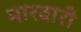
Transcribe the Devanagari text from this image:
मारवारी